Indian Medical Review
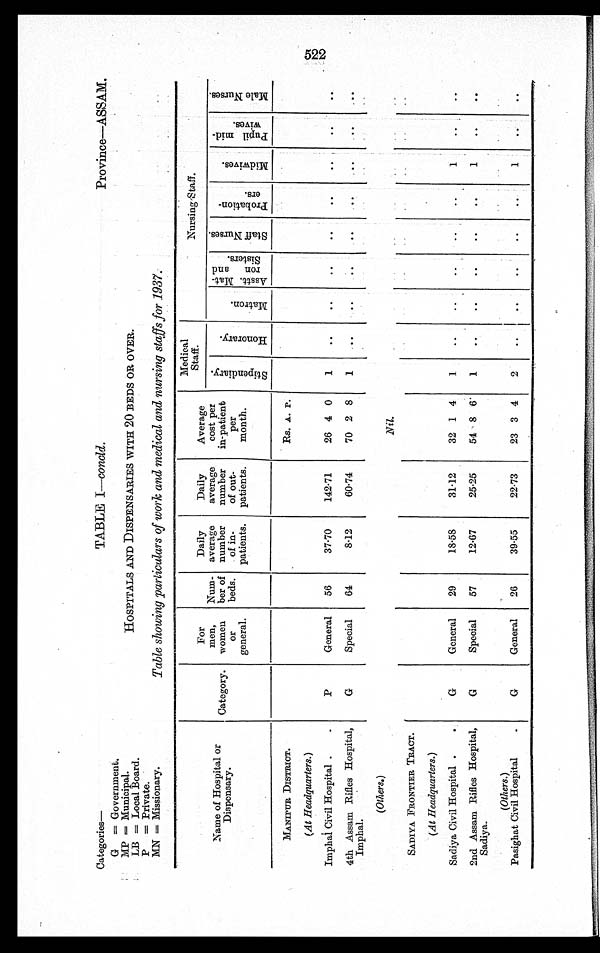
Categories—
G = Government.
MP = Municipal.
LB = Local Board.
P = Private.
MN = Missionary.
TABLE I—concld.
HOSPITALS AND DISPENSARIES WITH 20 BEDS OR OVER.
Table showing particulars of work and medical and nursing staffs for 1937.
Province—ASSAM.
Name of Hospital or
Dispensary.
Category.
For
men,
women
or
general.
Num-
ber of
beds.
Daily
average
number
of in-
patients.
Daily
average
number
of out-
patients.
Average
cost per
in-patient
per
month.
Medical
Staff.
Nursing Staff.
S t i p e n d i a r y .
H o n o r a r y .
M a t r o n .
A s s t t . M a t - r o n a n d S i s t e r s .
S t a f f N u r s e s .
P r o b a t i o n - e r s .
M i d w i v e s .
P u p i l m i d - w i v e s .
M a l e N u r s e s .
MANIPUR DISTRICT.
Rs. A. P.
(At Headquarters.)
Imphal Civil Hospital .
P
General
56
37.70
142.71
26 4 0
1
. .
. .
. .
. .
. .
. .
. .
. .
4th Assam Rifles Hospital,
Imphal.
G
Special
64
8.12
60.74
70 2 8
1
. .
. .
. .
. .
. .
. .
. .
. .
(Others.)
Nil.
SADIYA FRONTIER TRACT.
(At Headquarters.)
Sadiya Civil Hospital .
G
General
29
18.58
31.12
32 1 4
1
. .
. .
. .
. .
. .
1
. .
. .
2nd Assam Rifles Hospital,
Sadiya.
G
Special
57
12.67
25.25
54 8 6
1
. .
. .
. .
. .
. .
1
. .
. .
(Others.)
Pasighat Civil Hospital
G
General
26
39.55
22.73
23 3 4
2
. .
. .
. .
. .
. .
1
. .
. .